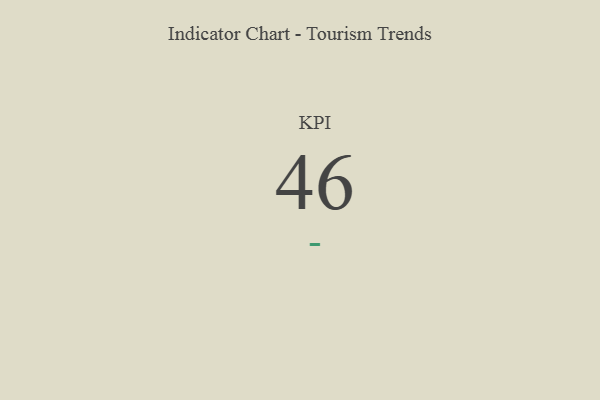
{"axis": {"x": "KPI", "y": "Value"}, "legend": [""], "data": [{"x": "KPI", "y": 46, "type": ""}]}